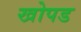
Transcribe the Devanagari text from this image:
खोपड